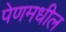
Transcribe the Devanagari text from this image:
पेणमधील